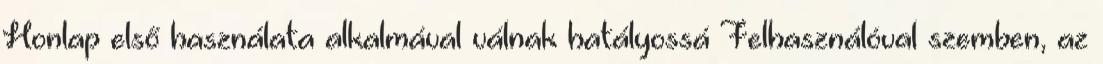
Honlap első használata alkalmával válnak hatályossá Felhasználóval szemben, az